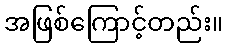
အဖြစ်ကြောင့်တည်း။